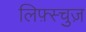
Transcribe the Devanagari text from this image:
लिफ़्स्चुज़